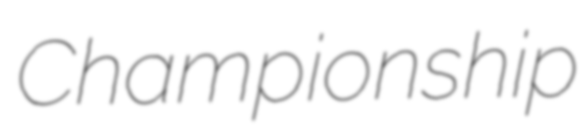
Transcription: Championship